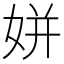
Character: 姘